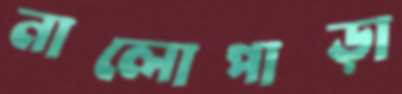
নালোপাড়া